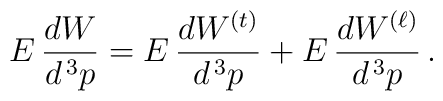
E \, \frac{dW}{d^{\, 3} p} = E \, \frac{dW^{(t)}}{d^{\, 3} p} +E \, \frac{dW^{(\ell)}}{d^{\, 3} p} \, .